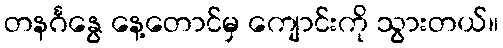
တနင်္ဂနွေ နေ့တောင်မှ ကျောင်းကို သွားတယ်။